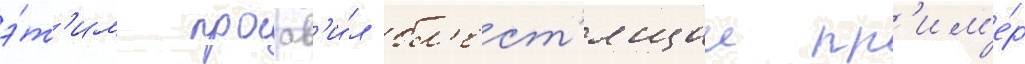
э́т'им проав'и́л бл'ест'ящии пр'им'е́р